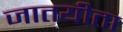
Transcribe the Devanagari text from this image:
जातयीता